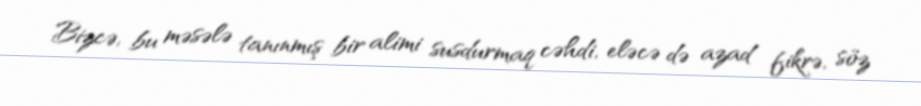
Bizcə, bu məsələ tanınmış bir alimi susdurmaq cəhdi, eləcə də azad fikrə, söz